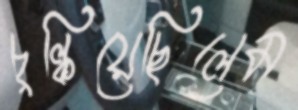
চুল্‌কিয়েছিলেম